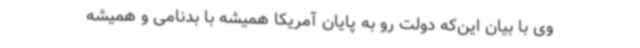
وی با بیان این‌که دولت رو به پایان آمریکا همیشه با بدنامی و همیشه